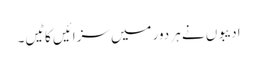
ادیبوں نے ہر دور میں سزائیں کاٹیں۔